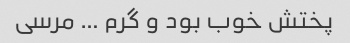
پختش خوب بود و گرم … مرسی